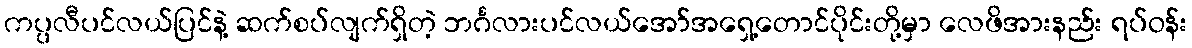
ကပ္ပလီပင်လယ်ပြင်နဲ့ ဆက်စပ်လျက်ရှိတဲ့ ဘင်္ဂလားပင်လယ်အော်အရှေ့တောင်ပိုင်းတို့မှာ လေဖိအားနည်း ရပ်ဝန်း